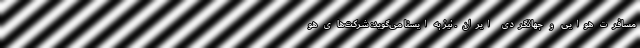
مسافرت هوایی و جهانگردی ایران ـ نیز به ایسنا می‌گوید: شرکت‌های هو